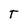
Character: T